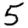
Digit: 5